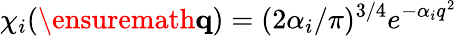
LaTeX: \chi_{i}(\ensuremath{\mathbf{q}})=(2\alpha_{i}/\pi)^{3/4}e^{-\alpha_{i}q^{2}}